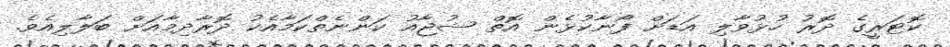
ކޮޓަރީގެ ދޮރު ހުޅުވާލި އަޑަށް ފޯނާކުޅެން އޮތް ޝުޖާއު ކަންނެތްކަމާއެކު ދޮރާދިމާއަށް ބަލާލިއެވެ.